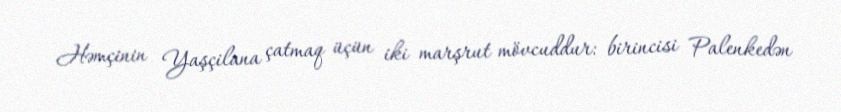
Həmçinin Yaşçilana çatmaq üçün iki marşrut mövcuddur: birincisi Palenkedən